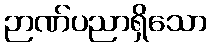
ဉာဏ်ပညာရှိသော